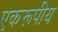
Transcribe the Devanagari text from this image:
एकरूपीय